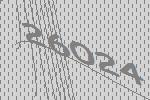
26024